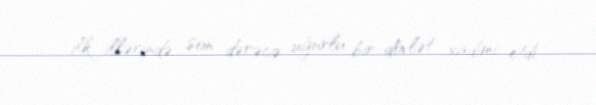
ilk illərində son dərəcə uğurlu bir dövlət xadimi etdi.